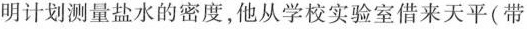
明计划测量盐水的密度，他从学校实验室借来天平(带